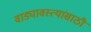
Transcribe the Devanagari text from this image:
वाड्यावस्त्यांसाठी